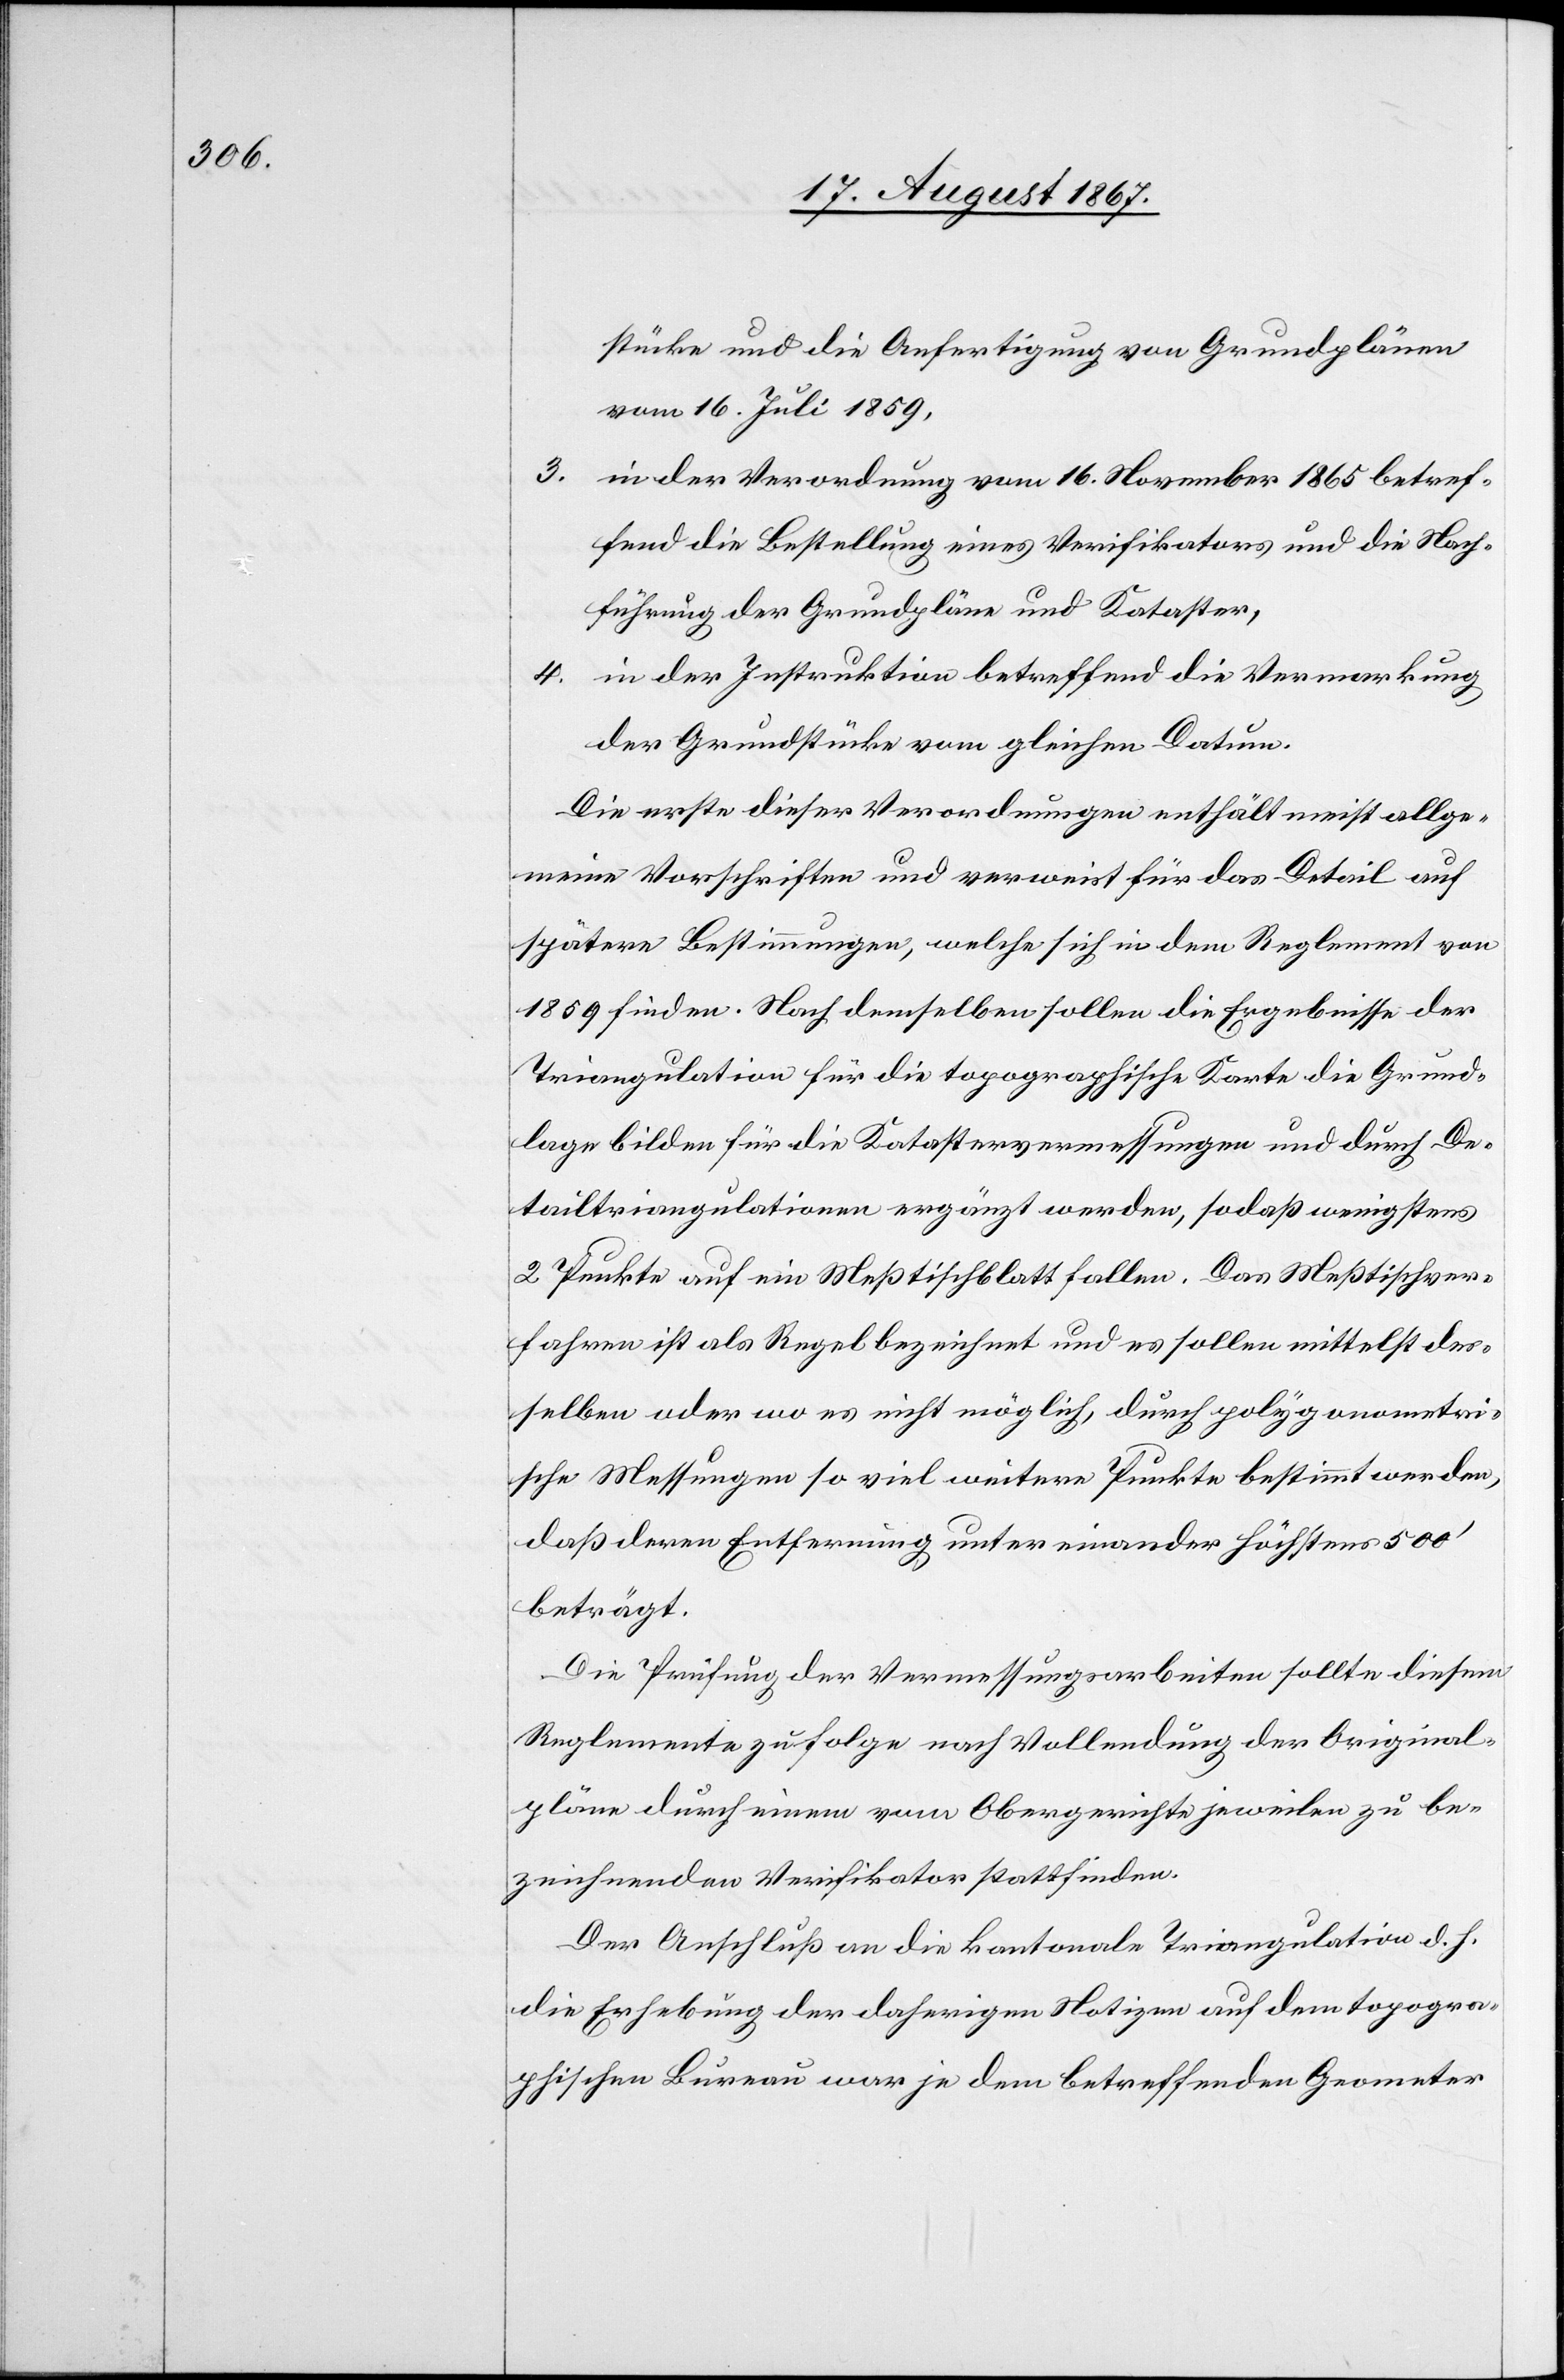
stücke und die Anfertigung von Grundplänen
vom 16. Juli 1859,
3. in der Verordnung vom 16. November 1865 betref¬
fend die Bestellung eines Verifikators und die Nach¬
führung der Grundpläne und Kataster,
4. in der Instruktion betreffend die Vermarkung
der Grundstücke vom gleichen Datum.
Die erste dieser Verordnungen enthält meist allge¬
meine Vorschriften und verweist für das Detail auf
spätere Bestimmungen, welche sich in dem Reglement von
1859 finden. Nach demselben sollen die Ergebnisse der
Triangulation für die topographische Karte die Grund¬
lage bilden für die Katastervermessungen und durch De¬
tailtriangulation ergänzt werden, sodaß wenigstens
2 Punkte auf ein Meßtischblatt fallen. Das Meßtischver¬
fahren ist als Regel bezeichnet und es sollen mittelst des¬
selben oder wo es nicht möglich, durch polygeometri¬
sche Messungen so viel weitere Punkte bestimmt werden,
daß deren Entfernung unter einander höchstens 500‘
beträgt.
Die Prüfung der Vermessungsarbeiten sollte diesem
Reglemente zu Folge nach Vollendung der Original¬
pläne durch einen vom Obergerichte jeweilen zu be¬
zeichnenden Verifikator stattfinden.
Der Anschluß an die kantonale Triangulation d. h.
die Erhebung der daherigen Notizen auf dem topogra¬
phischen Bureau war je dem betreffenden Geometer